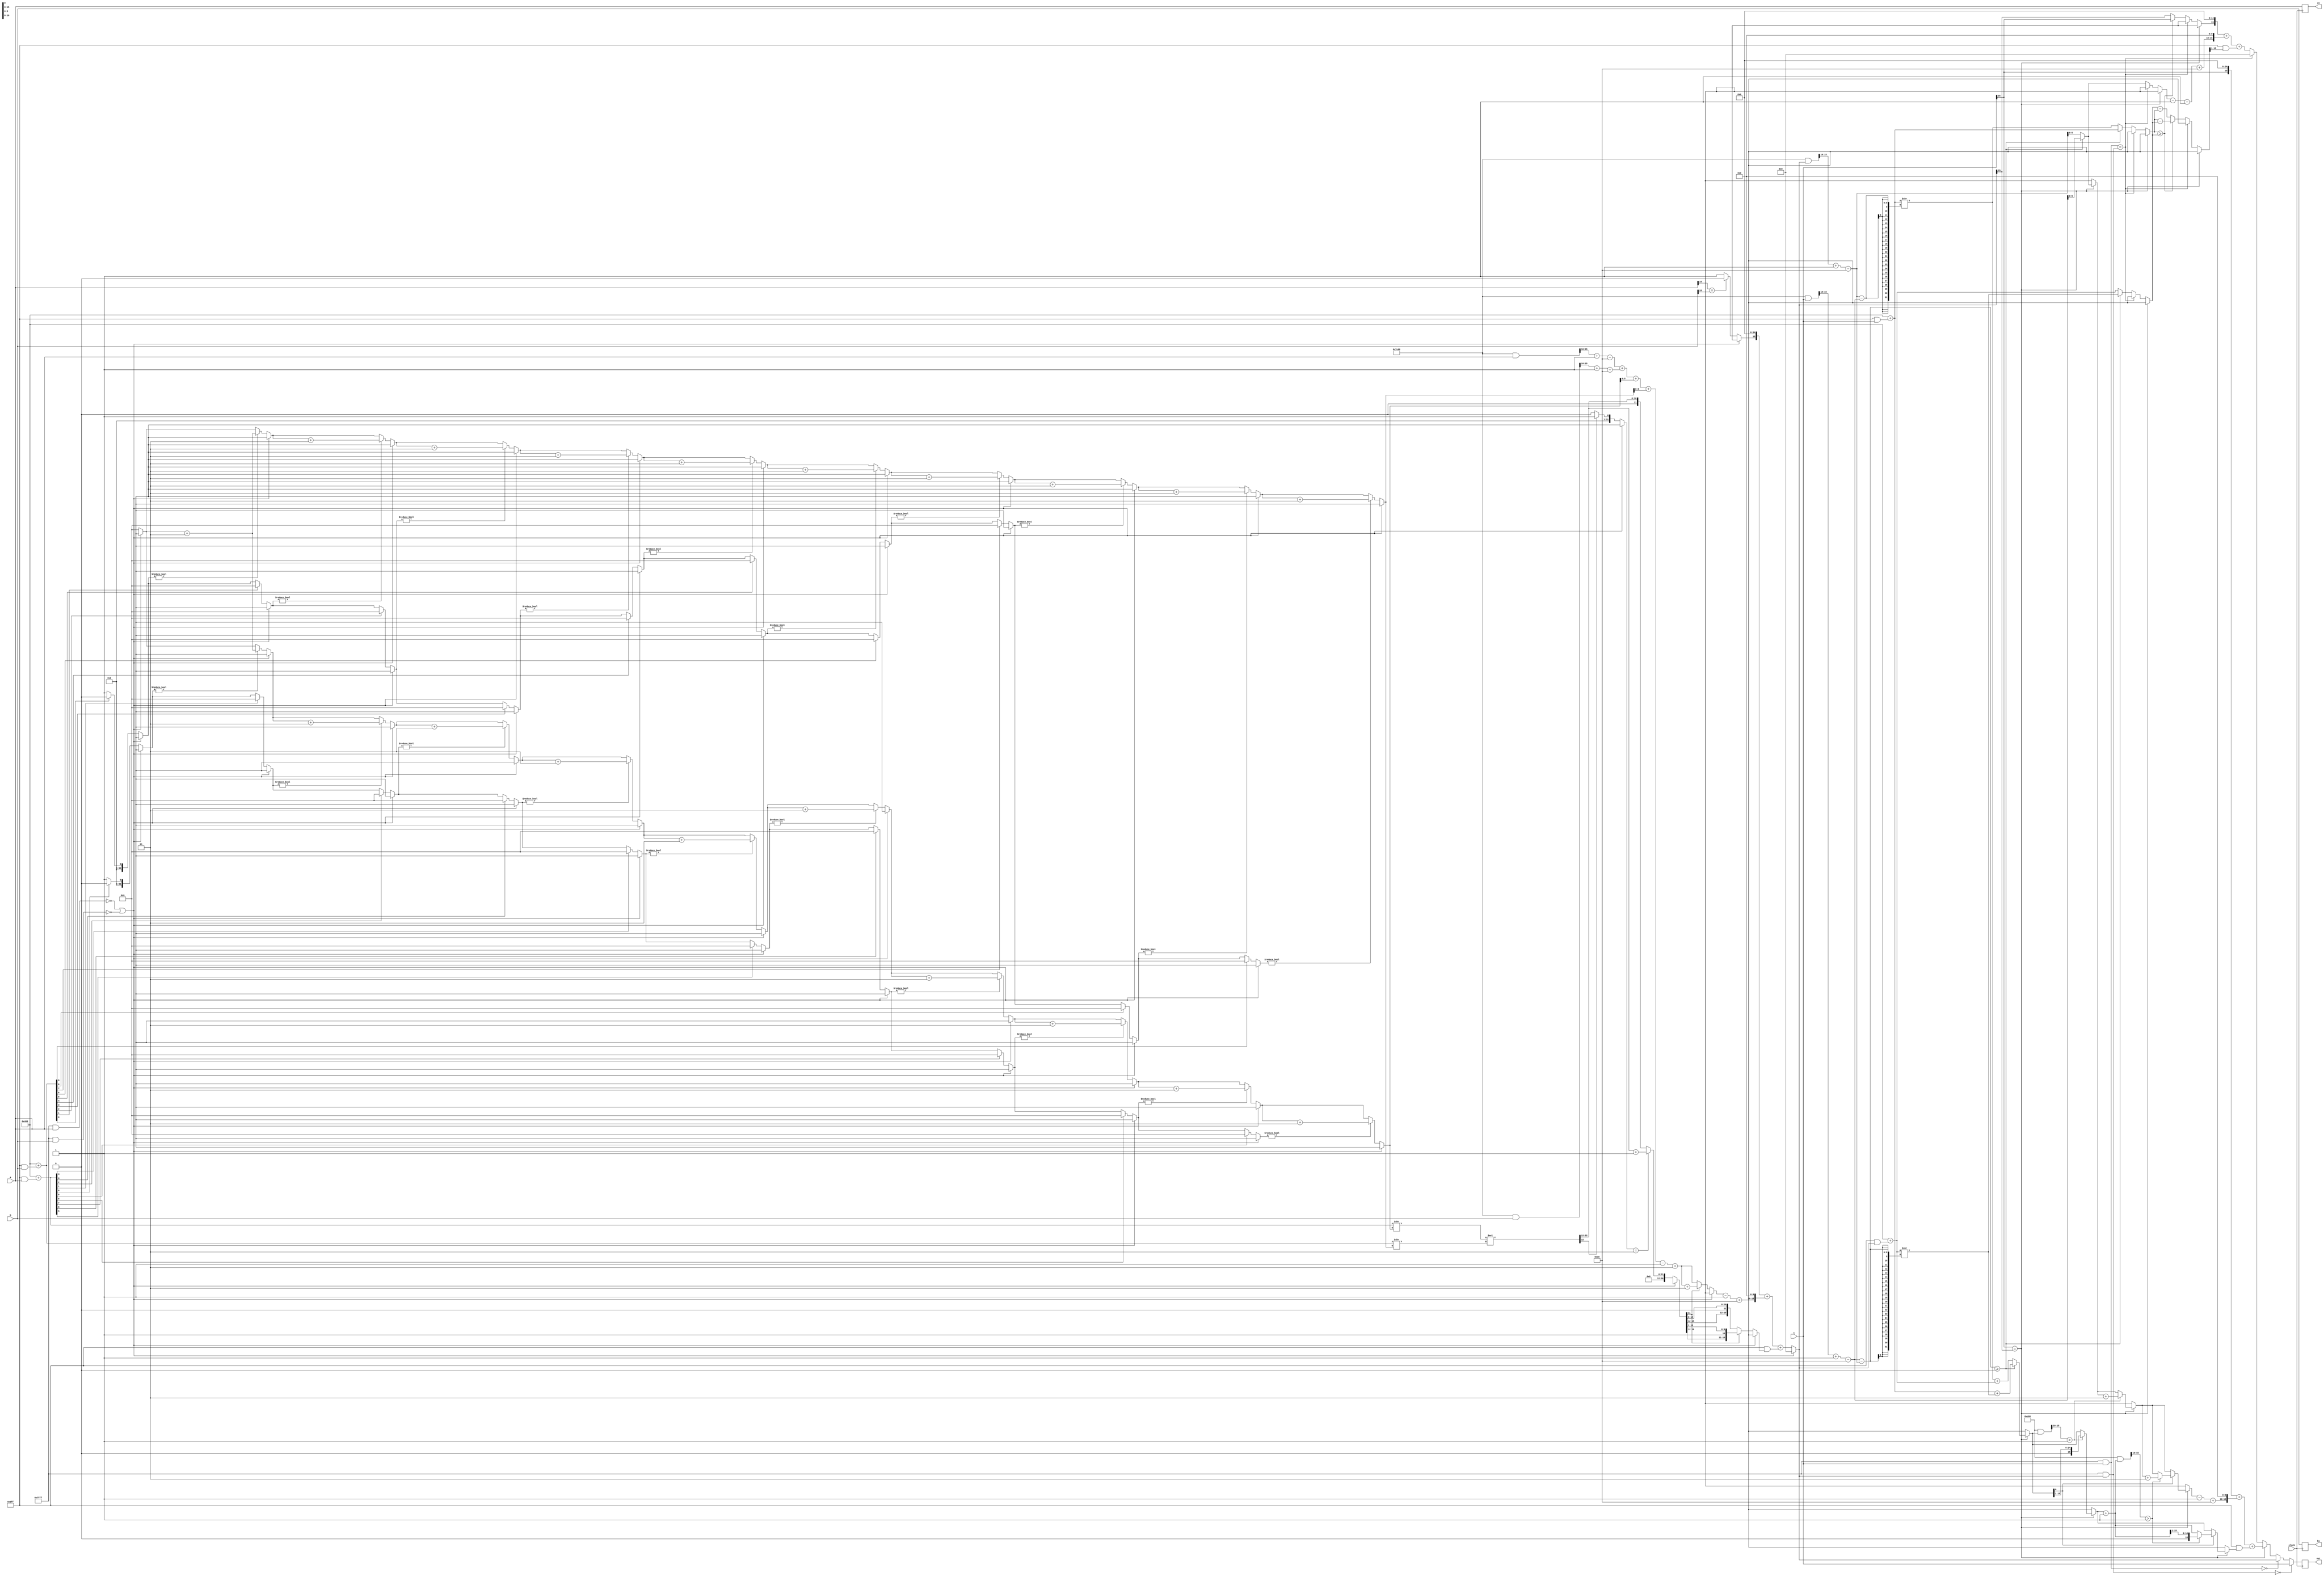

`timescale  10us/1ps

//Implementation of the processing element

module PE(a,b,c,a1,b1,out,clock);

parameter n = 15;
parameter e = 5;
parameter m = 10;

input [n:0] a,b,c; 
output  [n:0] a1,b1;
reg [n:0] a1,b1;
input clock;

output [n:0] out;
reg [n:0] out;

function [n:0]slice(input [n:0] inp, a,b);
    integer i;
    begin
        slice = 0;
        for(i = 0;i<a-b+1;i = i + 1)
        begin
            slice[i] = 1;
        end
        slice = slice << b;
        slice = slice & inp;
        slice = slice >> b;
    end
endfunction

function [n:0] fadd(input [n:0] N,e,m,inp1,inp2);

    reg [n:0] out;

    integer s1,s2;
    integer exp1,exp2;
    reg [n:0] man1,man2;

    integer os;
    integer oexp;
    reg[n:0] oman;

    integer flag,i,flg;

begin

    s1 = inp1[N-1];
    s2 = inp2[N-1];

    exp1 = slice(inp1,N-2,m);
    exp2 = slice(inp2,N-2,m);

    exp1 = exp1 + 1 - (2**(e-1));
    exp2 = exp2 + 1 - (2**(e-1));

    man1 = 32'b00000000000000000000000000000001 << (m);
    man1 = man1 + slice(inp1,m-1,0);
    man2 = 32'b00000000000000000000000000000001 << (m);
    man2 = man2 + slice(inp2,m-1,0);

    oman = 0;
    if(s1 == s2)
    begin
        os = s1;
        if(exp1-exp2 >= 0)
        begin
            oexp = exp1;
            man2 = man2 >> (exp1-exp2);
            oman = man1+man2;
        end
        else
        begin
            oexp = exp2;
            man1 = man1 >> (exp2-exp1);
            oman = man1+man2;
        end

        flag = oman[0]; 

        if((slice(oman,m+1,m)) > 1)
        begin
            oexp = oexp + 1;
            oman = ( oman >> 1 );
        end

        if(flag)
        begin
            oman = oman + 1;
            if((slice(oman,m+1,m)) > 1)
            begin
                oexp = oexp + 1;
                oman = ( oman >> 1 );
            end
        end
        
        out = 0;
        out[N-1] = os;
        out = out + ((oexp -1 + (2**(e-1))) << m);
        out = out + slice(oman,m-1,0);

    end
    else
    begin

        // if(exp1 == exp2 && man1 == man2) // if inputs are having same mag and opp sign.
        // if(inp1[30:0] == inp2[30:0])
        if(slice(inp1,N-2,0) == slice(inp2,N-2,0))
        begin
            out = 0;
        end
        else
        begin
            if(exp1-exp2 >= 0)
            begin
                oexp = exp1;
                man2 = man2 >> (exp1-exp2);
            end
            else
            begin
                oexp = exp2;
                man1 = man1 >> (exp2-exp1);
            end

            if(man1 >= man2)
            begin
                os = s1;
                oman = man1-man2;
            end
            else
            begin
                os = s2;
                oman = man2-man1;
            end

            flag = -1;
            
            flg = 1;
            for(i = m ;i > -1;i = i-1)
            begin
                if(flg)
                begin
                    flag = flag + 1;
                end
                if(oman[i] == 1)
                begin
                      flg = 0;
                end
            end


            oexp = oexp - flag;
            oman = oman << flag; 

            out = 0;
            out[N-1] = os;
            out = out + ((oexp -1 + (2**(e-1))) << m);
            out = out + slice(oman,m-1,0);
        end
    end

    //zero cases.
    if(slice(inp1,N-2,0) == 0)
    begin
        out = inp2;
    end
    
    if(slice(inp2,N-2,0) == 0)
    begin
        out = inp1;
    end

    fadd = out;

end

endfunction

function [n:0] fmul(input [n:0] N,e,m,inp1,inp2);

    reg [n:0] out;

    integer s1,s2;
    integer exp1,exp2;
    reg [n:0] man1,man2;

    integer os;
    integer oexp;
    reg[47:0] oman;
    reg[24:0] tmp;

    integer l1,l2,i,ol;

    integer flag;
    integer flg;

begin
    

    s1 = inp1[N-1];
    s2 = inp2[N-1];

    exp1 = slice(inp1,N-2,m);
    exp2 = slice(inp2,N-2,m);

    exp1 = exp1 + 1 - (2**(e-1));
    exp2 = exp2 + 1 - (2**(e-1));

    man1 = 32'b00000000000000000000000000000001 << (m);
    man1 = man1 + slice(inp1,m-1,0);
    man2 = 32'b00000000000000000000000000000001 << (m);
    man2 = man2 + slice(inp2,m-1,0);


    if((slice(inp1,N-2,0) == 0) || (slice(inp2,N-2,0) == 0)) //if any of the inputs is zero.
    begin
        out = 0;
    end
    else
    begin
        oman = 0;
        if(s1 == s2)
        begin
            os = 0;
        end
        else
        begin
            os = 1;
        end

        oexp = exp1+exp2;

        l1 = -1;
        l2 = -1;
        flg = 1;
        for(i=0;i<m+1;i = i+1)
        begin
            if(flg)
            begin
                 l1 = l1 + 1;
            end
            if(man1[i] == 1)
            begin
                flg = 0;
            end
        end
        
        flg = 1;
        for(i = 0;i< m+1;i = i+1)
        begin
            if(flg)
            begin
                l2 = l2 + 1;
            end
            if(man2[i] == 1)
            begin
                  flg = 0;
            end
            
        end

        man1 = man1 >> l1;
        man2 = man2 >> l2;

        oman = man1*man2;

        ol = -1;
        flg = 1;
        for(i = 2*m+1;i>-1;i = i -1)
        begin
            if(flg)
            begin
                ol = ol + 1;
            end
            if(oman[i] == 1)
            begin
                  flg = 0;
            end
        end

        oexp = oexp + l1+l2 - ol +1;    

        tmp = 0;
        tmp[m+1] = 0;
        flag = 0;
        if(oman[m+1-ol] == 1)
        begin
            flag = 1;
        end


        if(2*m+2-ol >= m+1)
        begin
            oman = oman >> m+1-ol;
            for(i = 0; i< m+1;i = i +1)
            begin
                tmp[i] = oman[i];
            end
            if(flag == 1)
            begin
                tmp = tmp + 1;
            end

            if(tmp[m+1] == 1)
            begin
                tmp = tmp >> 1;
                oexp = oexp + 1;
            end
        end
        else
        begin
            for(i = 0; i< m+1;i = i +1)
            begin
                tmp[i] = oman[i];
            end
            tmp = tmp << ol -m-1; 
        end

        out = 0;
        out[N-1] = os;
        out = out + ((oexp -1 + (2**(e-1))) << m);
        out = out + slice(tmp,m-1,0);
    end

    fmul = out;
    
end

endfunction



always @(posedge clock)
begin
	a1 <= a;
	b1 <= b;
	out <= fadd(n+1,e,m,c,fmul(n+1,e,m,a,b));
end

endmodule